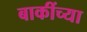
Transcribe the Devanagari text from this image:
बाकींच्या